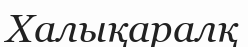
Халықаралқ